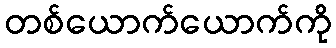
တစ်ယောက်ယောက်ကို